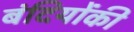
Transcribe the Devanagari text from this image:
बंदियोंकी